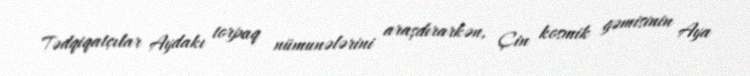
Tədqiqatçılar Aydakı torpaq nümunələrini araşdırarkən, Çin kosmik gəmisinin Aya